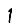
Digit: 1